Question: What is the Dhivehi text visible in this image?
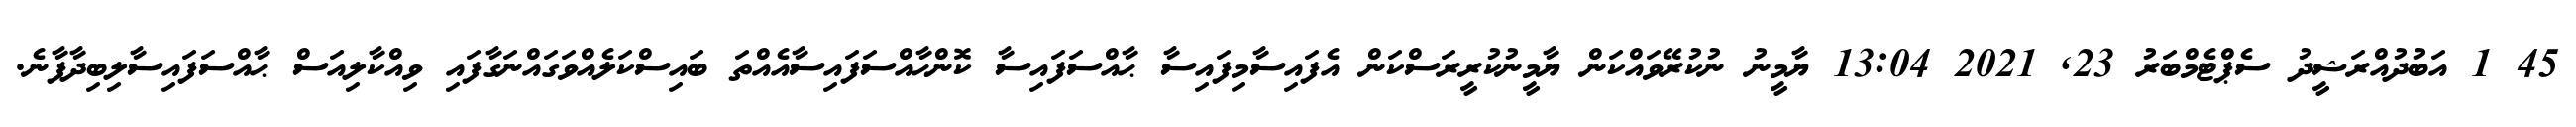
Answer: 45 1 އަބުދުއްރަޝީދު ސެޕްޓެމްބަރު 23, 2021 13:04 ޔާމީނު ނުކުރޭވައްކަން ޔާމީނުކުރީރަސްކަން އެފައިސާމިފައިސާ ޙާއްސަފައިސާ ކޮންޙާއްސަފައިސާއެއްތަ ބައިސްކަލެއްވަގައްނަގާފައި ވިއްކާލިއަސް ޙާއްސަފައިސާލިބިދާފާނެ.